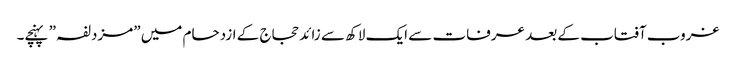
غروب آفتاب کے بعد عرفات سے ایک لاکھ سے زائد حجاج کے ازدحام میں ”مزدلفہ” پہنچے۔